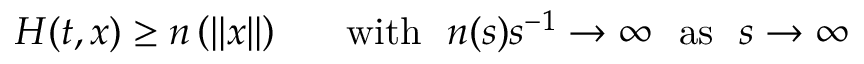
H ( t , x ) \ge n \left( \left\| x \right\| \right) \ \ \ \ \ \mathrm { w i t h } \ \ n ( s ) s ^ { - 1 } \to \infty \ \ \mathrm { a s } \ \ s \to \infty